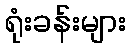
ရုံးခန်းများ